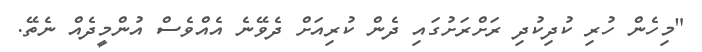
"މިހެން ހުރި ކުދިކުދި ރަށްރަށުގައި ދެން ކުރިއަށް ދެވޭނެ އެއްވެސް އުންމީދެއް ނެތޭ.